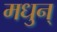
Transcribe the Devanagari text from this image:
मधुन्